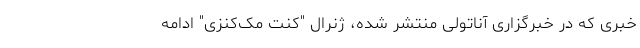
خبری که در خبرگزاری آناتولی منتشر شده، ژنرال "کنت مک‌‌کنزی" ادامه